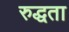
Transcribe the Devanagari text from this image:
रुद्धता